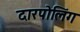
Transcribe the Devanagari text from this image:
दारपोलिंग